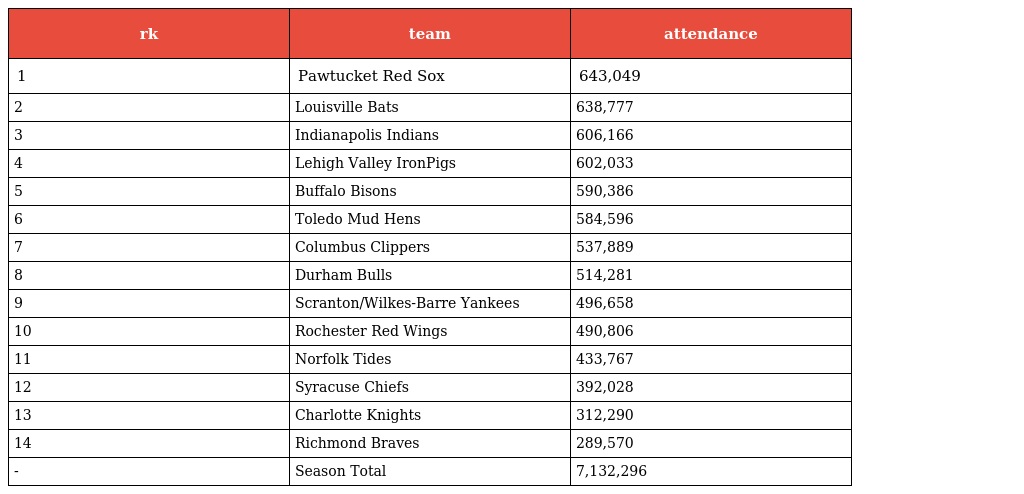
| rk | team | attendance |
 | --- | --- | --- |
 | 1 | Pawtucket Red Sox | 643,049 |
 | 2 | Louisville Bats | 638,777 |
 | 3 | Indianapolis Indians | 606,166 |
 | 4 | Lehigh Valley IronPigs | 602,033 |
 | 5 | Buffalo Bisons | 590,386 |
 | 6 | Toledo Mud Hens | 584,596 |
 | 7 | Columbus Clippers | 537,889 |
 | 8 | Durham Bulls | 514,281 |
 | 9 | Scranton/Wilkes-Barre Yankees | 496,658 |
 | 10 | Rochester Red Wings | 490,806 |
 | 11 | Norfolk Tides | 433,767 |
 | 12 | Syracuse Chiefs | 392,028 |
 | 13 | Charlotte Knights | 312,290 |
 | 14 | Richmond Braves | 289,570 |
 | - | Season Total | 7,132,296 |